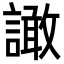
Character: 譀